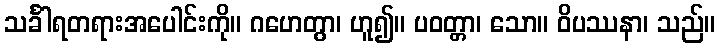
သင်္ခါရတရားအပေါင်းကို။ ဂဟေတွာ၊ ဟူ၍။ ပဝတ္တာ၊ သော။ ဝိပဿနာ၊ သည်။